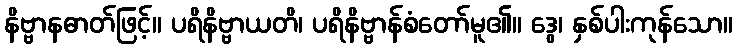
နိဗ္ဗာနဓာတ်ဖြင့်။ ပရိနိဗ္ဗာယတိ၊ ပရိနိဗ္ဗာန်စံတော်မူ၏။ ဒွေ၊ နှစ်ပါးကုန်သော။